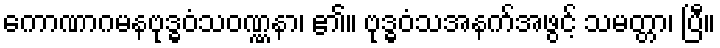
ကောဏာဂမနဗုဒ္ဓဝံသဝဏ္ဏနာ၊ ၏။ ဗုဒ္ဓဝံသအနက်အဖွင့် သမတ္တာ၊ ပြီ။